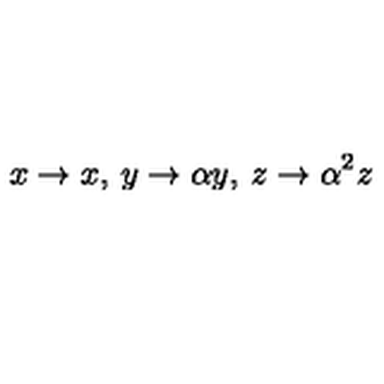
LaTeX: x \rightarrow x , \: y \rightarrow \alpha y , \: z \rightarrow \alpha ^ { 2 } z